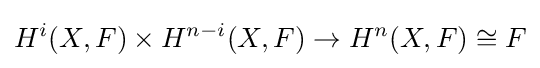
H^{i}(X,F)\times H^{n-i}(X,F)\to H^{n}(X,F)\cong F